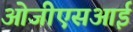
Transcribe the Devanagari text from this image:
ओजीएसआई